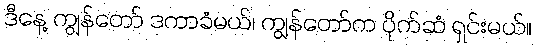
ဒီနေ့ ကျွန်တော် ဒကာခံမယ်၊ ကျွန်တော်က ပိုက်ဆံ ရှင်းမယ်။